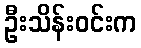
ဦးသိန်းဝင်းက